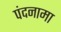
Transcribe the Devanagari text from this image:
पंदनामा